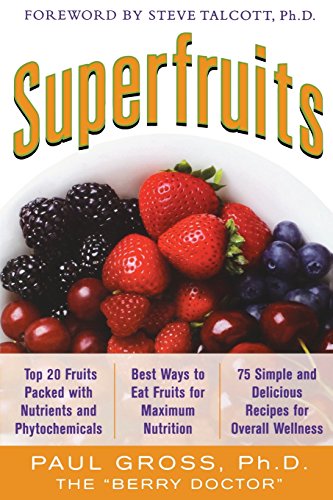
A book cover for Superfruits: (Top 20 Fruits Packed with Nutrients and Phytochemicals, Best Ways to Eat Fruits for Maximum Nutrition, and 75 Simple and Delicious Recipes for Overall Wellness); Paul M. Gross; Health, Fitness & Dieting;